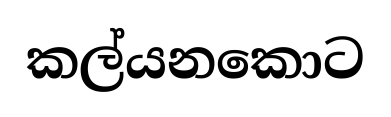
කල්යනකොට